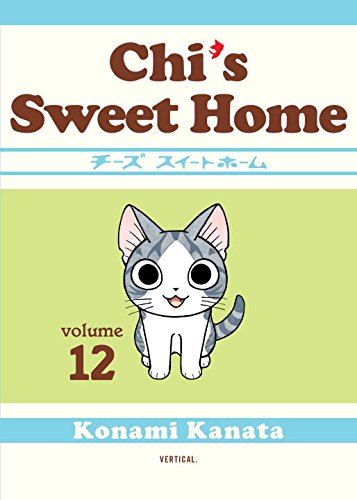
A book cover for Chi's Sweet  Home, volume 12; Konami Kanata; Crafts, Hobbies & Home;